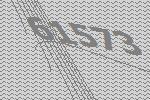
61573